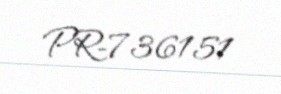
PR-736151